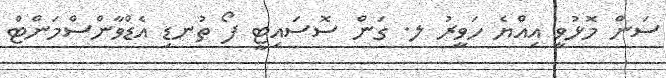
ސަން މޮޅުވީ އިއްޔެ ހަވީރު ލ. ގަން ސޮސައިޓީ ފޯ ތުނޑި އެޑްވާންސްމަންޓް